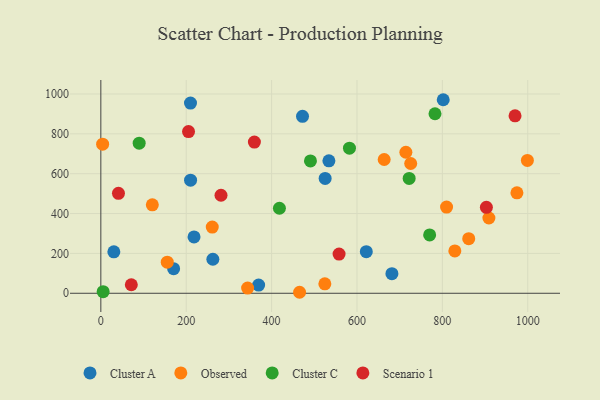
{"axis": {"x": "Study Hours", "y": "Profit"}, "legend": ["Cluster A", "Cluster C", "Observed", "Scenario 1"], "data": [{"x": "681.8", "y": 98.4, "type": "Cluster A"}, {"x": "262.4", "y": 170.7, "type": "Cluster A"}, {"x": "170.5", "y": 123.3, "type": "Cluster A"}, {"x": "210.2", "y": 567.3, "type": "Cluster A"}, {"x": "472.4", "y": 887.7, "type": "Cluster A"}, {"x": "534.2", "y": 664.6, "type": "Cluster A"}, {"x": "369.6", "y": 41.3, "type": "Cluster A"}, {"x": "525.4", "y": 576.2, "type": "Cluster A"}, {"x": "621.8", "y": 208.6, "type": "Cluster A"}, {"x": "218.3", "y": 282.7, "type": "Cluster A"}, {"x": "30.5", "y": 207.9, "type": "Cluster A"}, {"x": "210.0", "y": 954.6, "type": "Cluster A"}, {"x": "802.0", "y": 971.2, "type": "Cluster A"}, {"x": "861.7", "y": 274.0, "type": "Observed"}, {"x": "829.2", "y": 212.3, "type": "Observed"}, {"x": "809.8", "y": 432.5, "type": "Observed"}, {"x": "663.7", "y": 671.3, "type": "Observed"}, {"x": "261.0", "y": 332.0, "type": "Observed"}, {"x": "465.5", "y": 5.0, "type": "Observed"}, {"x": "4.2", "y": 748.4, "type": "Observed"}, {"x": "974.6", "y": 504.0, "type": "Observed"}, {"x": "714.5", "y": 707.6, "type": "Observed"}, {"x": "725.8", "y": 651.2, "type": "Observed"}, {"x": "155.6", "y": 155.9, "type": "Observed"}, {"x": "343.8", "y": 26.3, "type": "Observed"}, {"x": "524.7", "y": 47.4, "type": "Observed"}, {"x": "909.0", "y": 377.8, "type": "Observed"}, {"x": "999.1", "y": 666.8, "type": "Observed"}, {"x": "120.6", "y": 443.9, "type": "Observed"}, {"x": "770.2", "y": 292.7, "type": "Cluster C"}, {"x": "5.4", "y": 8.0, "type": "Cluster C"}, {"x": "782.7", "y": 900.8, "type": "Cluster C"}, {"x": "722.2", "y": 576.1, "type": "Cluster C"}, {"x": "582.4", "y": 727.9, "type": "Cluster C"}, {"x": "418.3", "y": 426.7, "type": "Cluster C"}, {"x": "89.8", "y": 753.1, "type": "Cluster C"}, {"x": "491.0", "y": 664.1, "type": "Cluster C"}, {"x": "71.4", "y": 42.8, "type": "Scenario 1"}, {"x": "281.5", "y": 491.9, "type": "Scenario 1"}, {"x": "205.4", "y": 811.3, "type": "Scenario 1"}, {"x": "41.3", "y": 501.3, "type": "Scenario 1"}, {"x": "903.1", "y": 431.5, "type": "Scenario 1"}, {"x": "970.2", "y": 890.5, "type": "Scenario 1"}, {"x": "558.0", "y": 196.7, "type": "Scenario 1"}, {"x": "359.7", "y": 758.6, "type": "Scenario 1"}]}